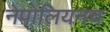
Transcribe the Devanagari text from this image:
नेपोलियनच